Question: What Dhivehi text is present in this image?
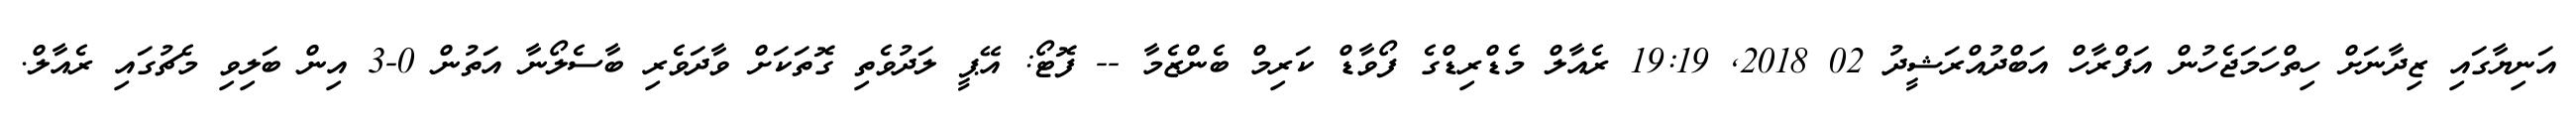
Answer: އަނިޔާގައި ޒިދާނަށް ހިތްހަމަޖެހުން އަފްރާހް އަބްދުއްރަޝީދު 02 2018, 19:19 ރެއާލް މެޑްރިޑްގެ ފޯވާޑް ކަރިމް ބެންޒެމާ -- ފޮޓޯ: އޭޕީ ލަދުވެތި ގޮތަކަށް ވާދަވެރި ބާސެލޯނާ އަތުން 0-3 އިން ބަލިވި މެޗުގައި ރެއާލް.